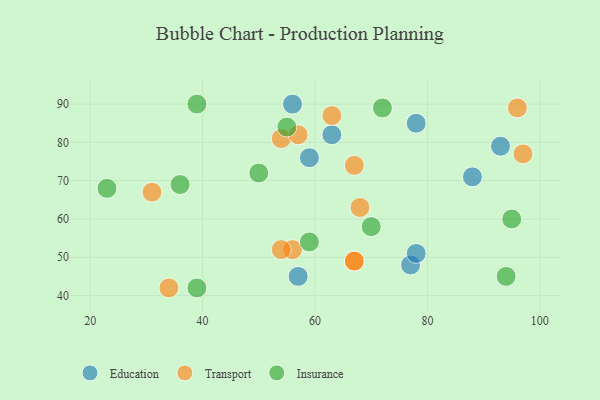
{"axis": {"x": "GDP", "y": "Life Expectancy"}, "legend": ["Education", "Insurance", "Transport"], "data": [{"x": "77", "y": 48, "type": "Education"}, {"x": "78", "y": 85, "type": "Education"}, {"x": "78", "y": 51, "type": "Education"}, {"x": "57", "y": 45, "type": "Education"}, {"x": "88", "y": 71, "type": "Education"}, {"x": "93", "y": 79, "type": "Education"}, {"x": "56", "y": 90, "type": "Education"}, {"x": "59", "y": 76, "type": "Education"}, {"x": "63", "y": 82, "type": "Education"}, {"x": "34", "y": 42, "type": "Transport"}, {"x": "54", "y": 81, "type": "Transport"}, {"x": "96", "y": 89, "type": "Transport"}, {"x": "56", "y": 52, "type": "Transport"}, {"x": "31", "y": 67, "type": "Transport"}, {"x": "57", "y": 82, "type": "Transport"}, {"x": "67", "y": 49, "type": "Transport"}, {"x": "63", "y": 87, "type": "Transport"}, {"x": "68", "y": 63, "type": "Transport"}, {"x": "97", "y": 77, "type": "Transport"}, {"x": "67", "y": 49, "type": "Transport"}, {"x": "54", "y": 52, "type": "Transport"}, {"x": "67", "y": 74, "type": "Transport"}, {"x": "55", "y": 84, "type": "Insurance"}, {"x": "95", "y": 60, "type": "Insurance"}, {"x": "36", "y": 69, "type": "Insurance"}, {"x": "72", "y": 89, "type": "Insurance"}, {"x": "94", "y": 45, "type": "Insurance"}, {"x": "70", "y": 58, "type": "Insurance"}, {"x": "23", "y": 68, "type": "Insurance"}, {"x": "39", "y": 90, "type": "Insurance"}, {"x": "50", "y": 72, "type": "Insurance"}, {"x": "59", "y": 54, "type": "Insurance"}, {"x": "39", "y": 42, "type": "Insurance"}]}